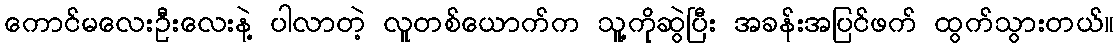
ကောင်မလေးဦးလေးနဲ့ ပါလာတဲ့ လူတစ်ယောက်က သူ့ကိုဆွဲပြီး အခန်းအပြင်ဖက် ထွက်သွားတယ်။